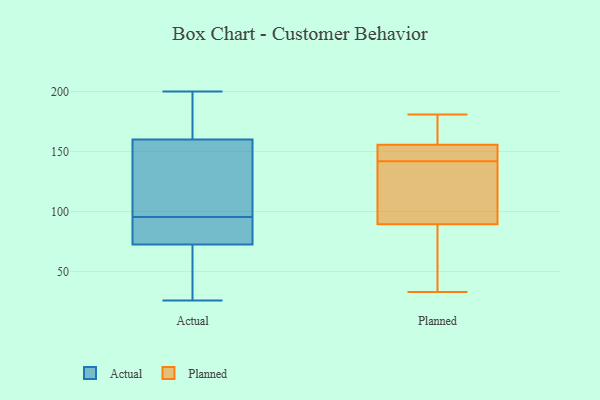
{"axis": {"x": "Revenue (USD Million)", "y": "Value"}, "legend": ["Actual", "Planned"], "data": [{"x": "", "y": 159, "type": "Actual"}, {"x": "", "y": 58, "type": "Actual"}, {"x": "", "y": 173, "type": "Actual"}, {"x": "", "y": 72, "type": "Actual"}, {"x": "", "y": 126, "type": "Actual"}, {"x": "", "y": 91, "type": "Actual"}, {"x": "", "y": 73, "type": "Actual"}, {"x": "", "y": 161, "type": "Actual"}, {"x": "", "y": 200, "type": "Actual"}, {"x": "", "y": 90, "type": "Actual"}, {"x": "", "y": 100, "type": "Actual"}, {"x": "", "y": 26, "type": "Actual"}, {"x": "", "y": 157, "type": "Planned"}, {"x": "", "y": 33, "type": "Planned"}, {"x": "", "y": 94, "type": "Planned"}, {"x": "", "y": 152, "type": "Planned"}, {"x": "", "y": 142, "type": "Planned"}, {"x": "", "y": 106, "type": "Planned"}, {"x": "", "y": 81, "type": "Planned"}, {"x": "", "y": 144, "type": "Planned"}, {"x": "", "y": 88, "type": "Planned"}, {"x": "", "y": 176, "type": "Planned"}, {"x": "", "y": 181, "type": "Planned"}]}